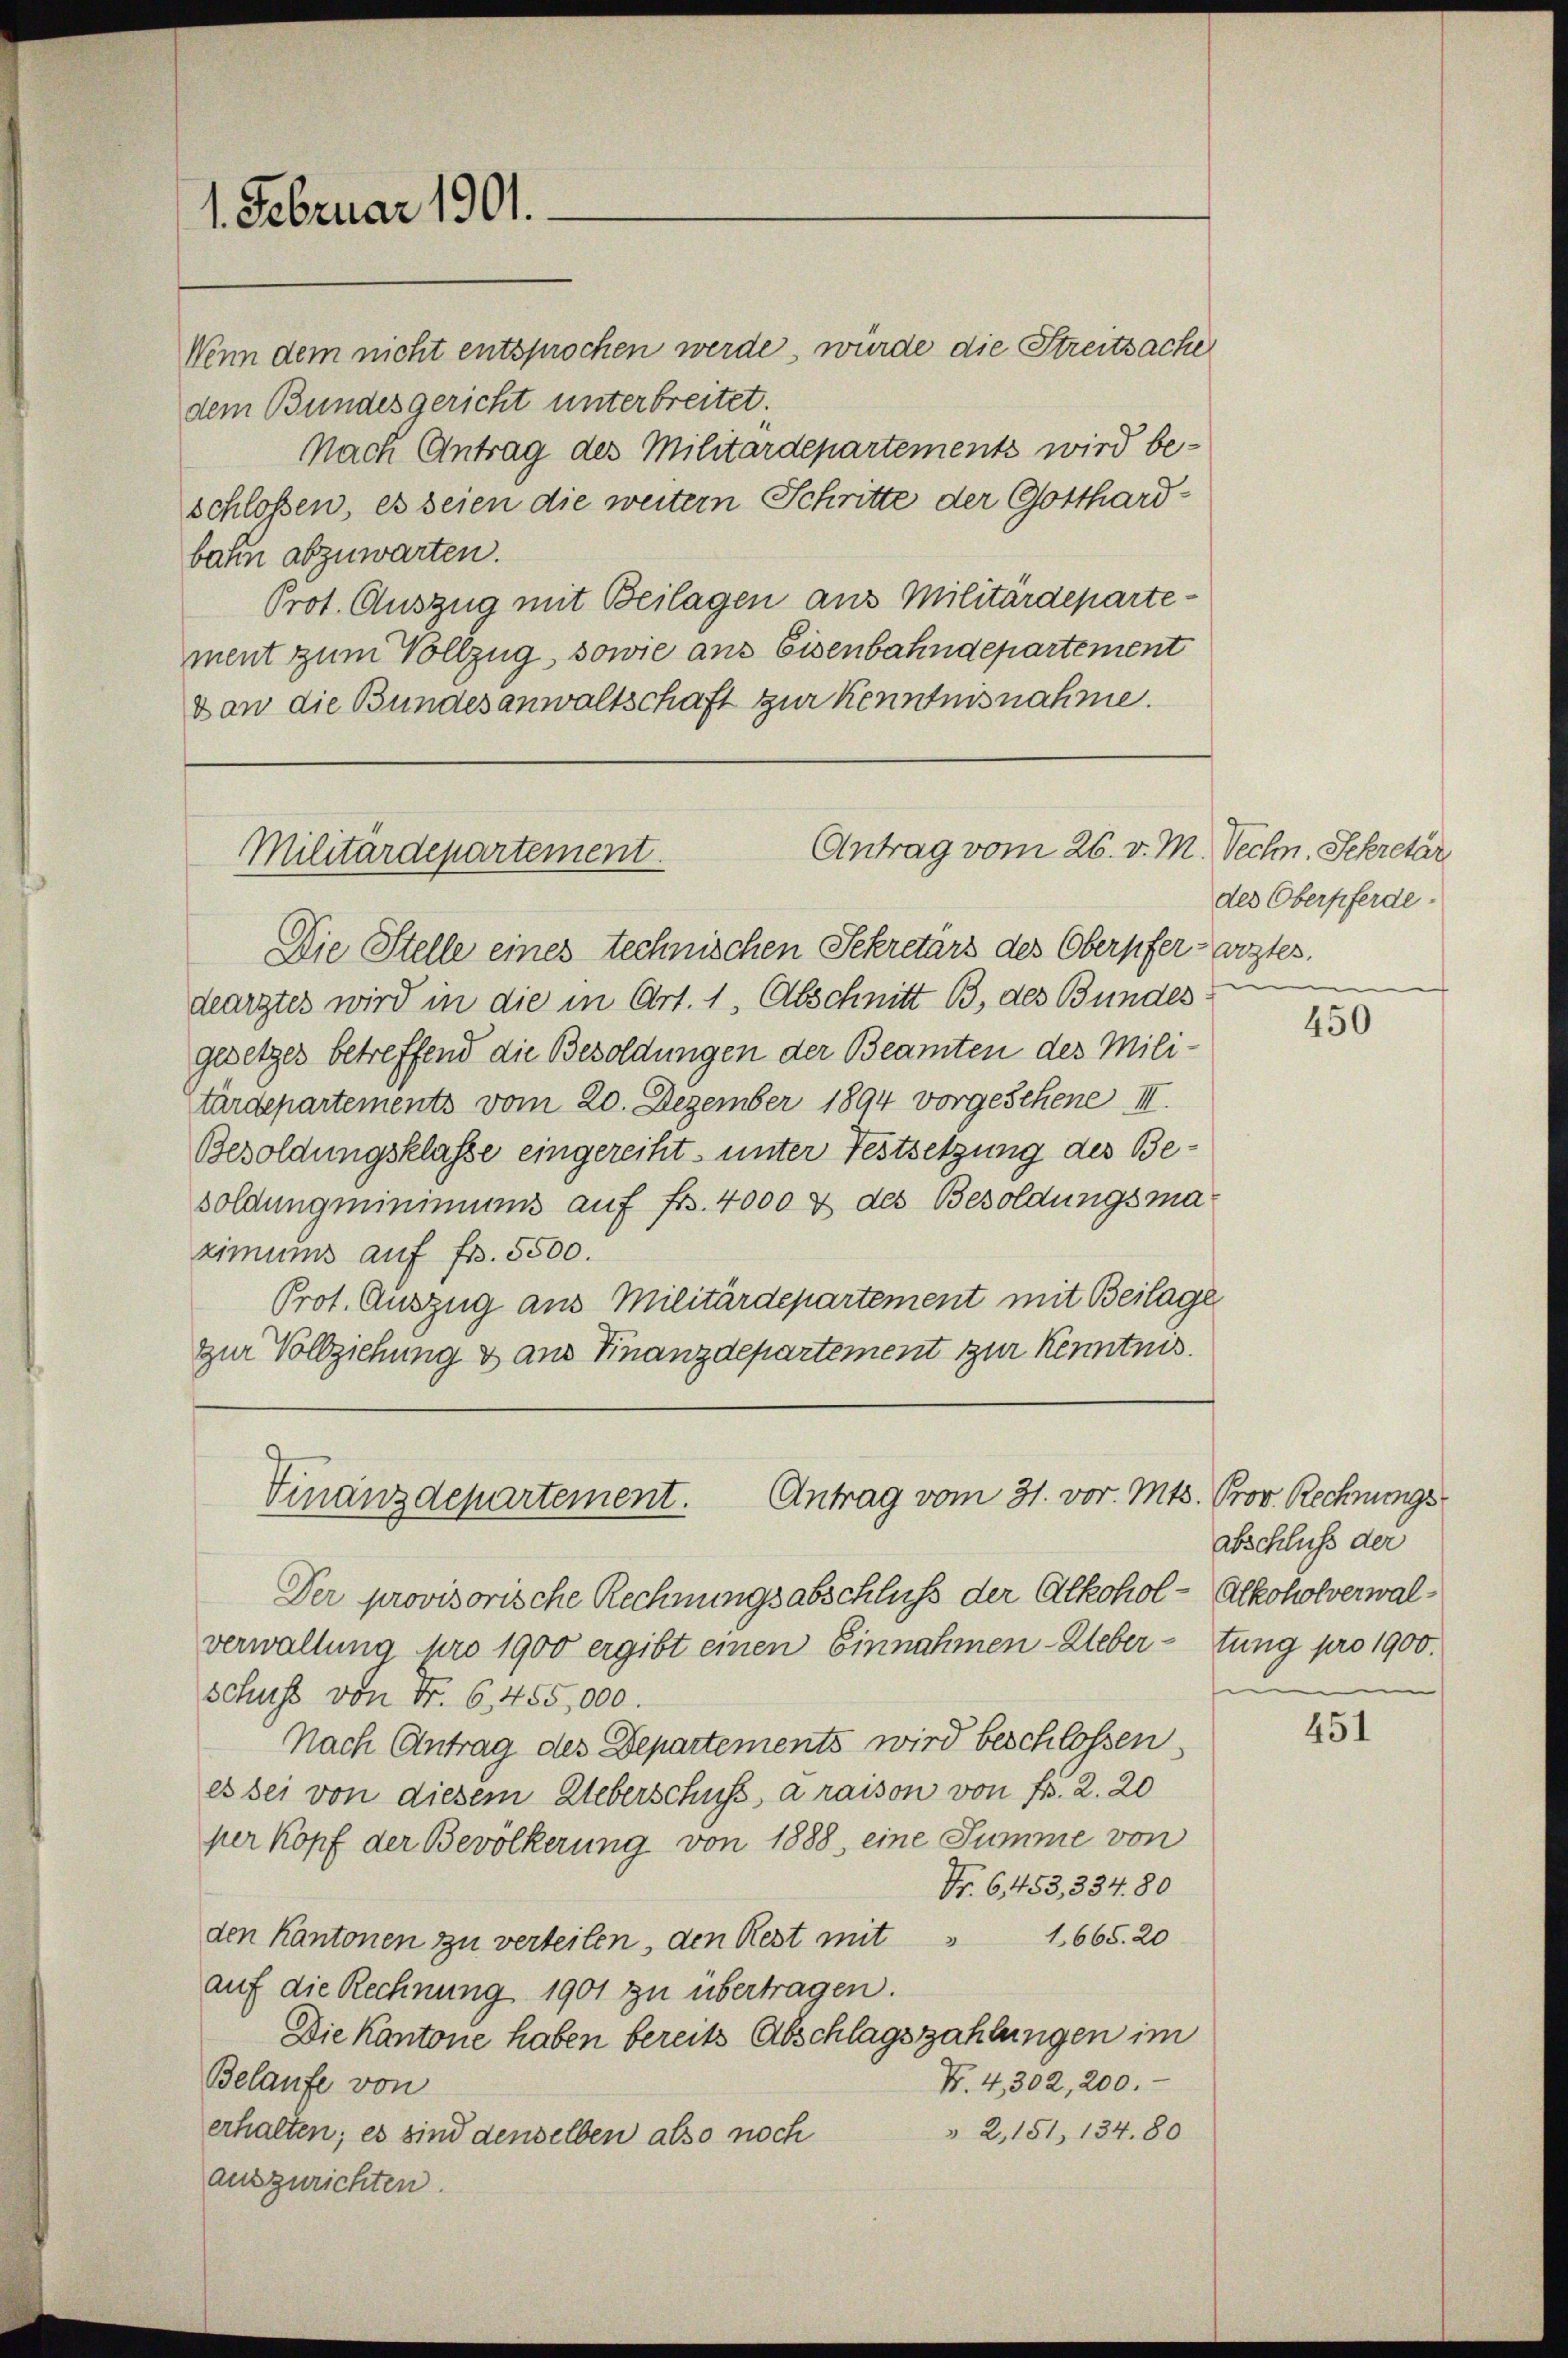
1. Februar 1901.

Wenn dem nicht entsprochen werde, würde die Streitsache
dem Bundesgericht unterbreitet.
Nach Antrag des Militärdepartements wird be-
schlossen, es seien die weitern Schritte der Gotthard-
bahn abzuwarten.
Prot. Auszug mit Beilagen aus Militärdepartement zum Vollzug, sowie aus Eisenbahndepartement
Dan die Bundesanwaltschaft zur Kenntnisnahme.

Antrag vom 26. v. M.
Militärdepartement.

Finanzdepartement. Antrag vom 31. vor. Mts. Prov. Rechnungs¬

Die Stelle eines technischen Sekretärs des Oberpfer arztes.
dearztes wird in die in Art. 1, Abschnitt B, des Bundes
gesetzes betreffend die Besoldungen der Beamten des Militärdepartements vom 20. Dezember 1894 vorgeschene III.
Besoldungsklasse eingereiht, unter Festsetzung des Besoldung minimums auf fr. 4000 & des Besoldungsmaximums auf fr. 5500.
Prot. Auszug aus Militärdepartement mit Beilage
zur Vollziehung & aus Finanzdepartement zur Kenntnis.

Der provisorische Rechnungsabschluss der Alkohol - Alkoholverwalverwaltung pro 1900 ergibt einen Einnahmen-Uebertung pro 1900.
schuss von Fr. 6, 455,000.
Nach Antrag des Departements wird beschlossen,
es sei von diesem Ueberschuss a raison von Fr. 2. 20
per Kopf der Bevölkerung von 1888, eine Summe von
Nr. 6453, 334. 80
den Kantonen zu verteilen, den Rest mit " 1665. 20
auf die Rechnung 1901 zu übertragen.
Die Kantone haben bereits Abschlagszahlungen im
N. 4, 302, 200.
Belaufe von
" 2,151, 134. 80
erhalten; es sind denselben also noch
auszurichten.

Vechn. Sekretär
des Oberpferde.
e

abschluss der

450

451